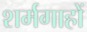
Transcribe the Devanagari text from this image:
शर्मगाहों